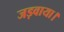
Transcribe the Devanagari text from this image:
जड़वाया।